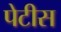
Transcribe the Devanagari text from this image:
पेटीस